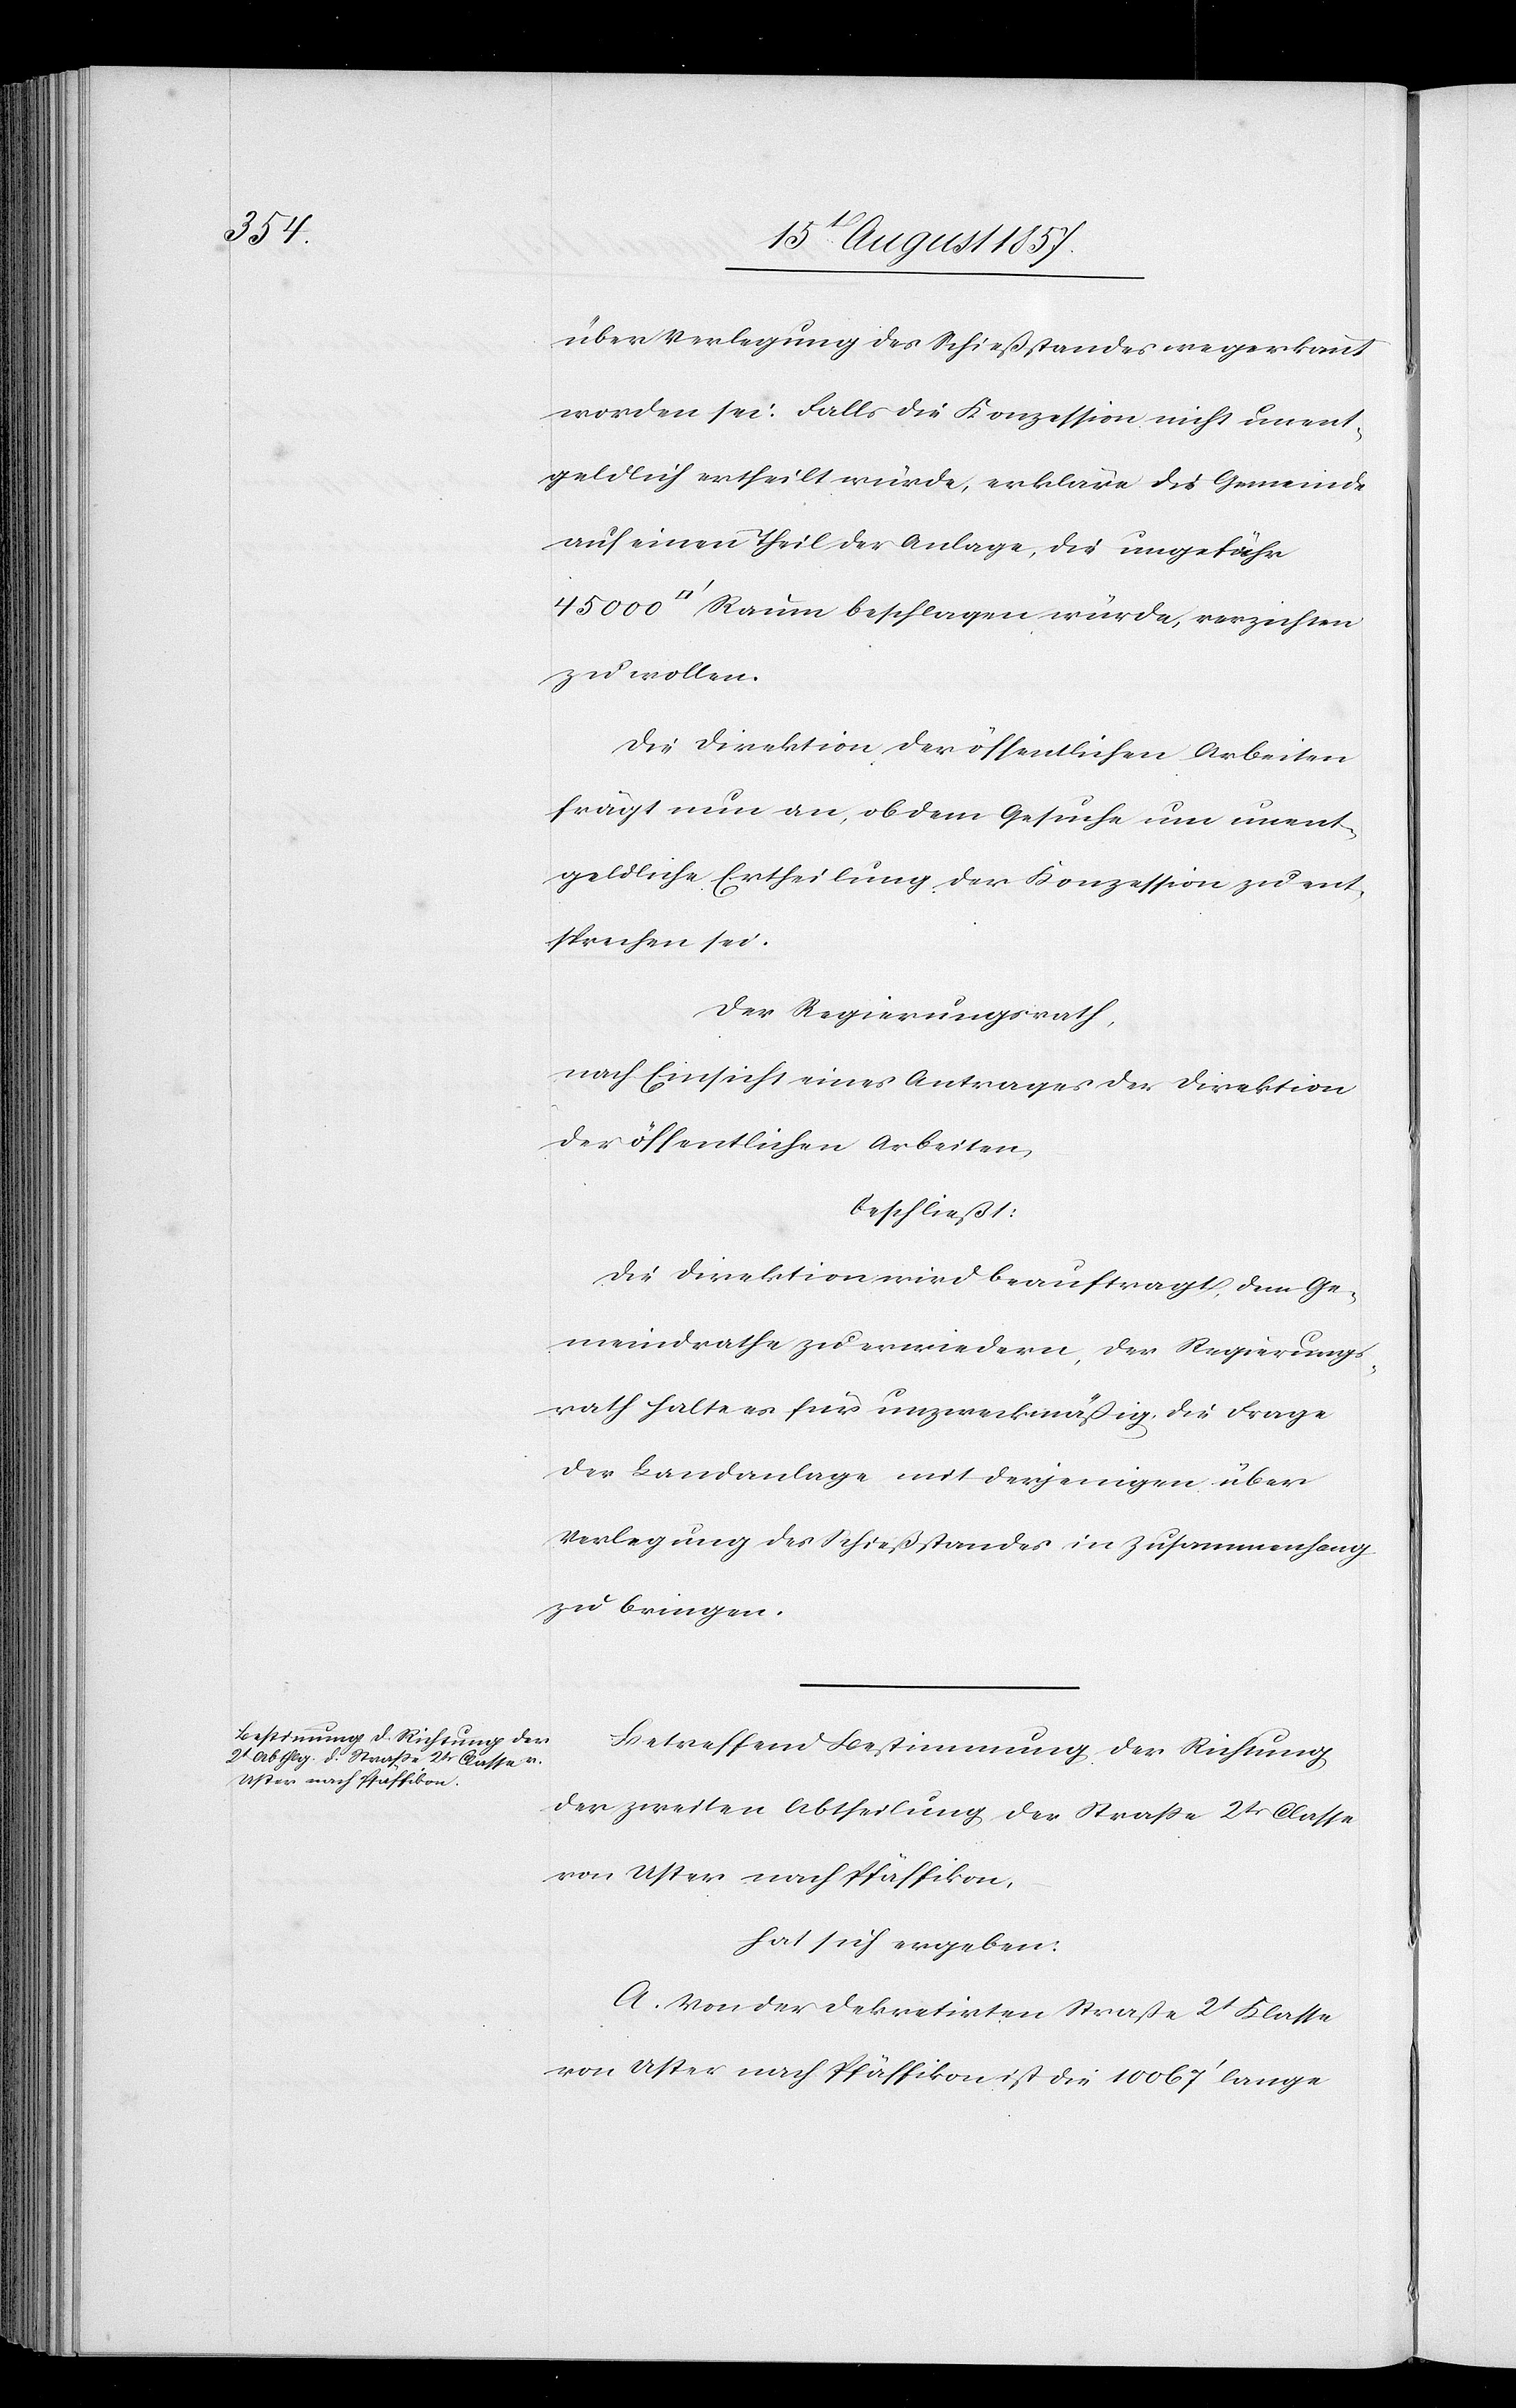
[Quadratf¬

über Verlegung des Schießstandes wegerkannt
worden sei. Falls die Konzession nicht unent¬
geldlich ertheilt würde, erkläre die Gemeinde
auf einen Theil der Anlage, die ungefähr
uß] Raum beschlagen würde, verzichten
zu wollen.
Die Direktion der öffentlichen Arbeiten
frägt nun an, ob dem Gesuche um unent¬
geldliche Ertheilung der Konzession zu ent¬
sprechen sei.
Der Regierungsrath,
nach Einsicht eines Antrages der Direktion
der öffentlichen Arbeiten,
beschließt:
Die Direktion wird beauftragt, dem Ge¬
meindrathe zu erwiedern, der Regierungs¬
rath halte es für unzweckmäßig, die Frage
der Landanlage, mit derjenigen über
Verlegung des Schießstandes in Zusammenhang
zu bringen.
Betreffend Bestimmung der Richtung
der zweiten Abtheilung der Straße 2tr Classe
von Uster nach Pfäffikon,
hat sich ergeben:
A. Von der dekretirten Straße 2t Klasse
von Uster nach Pfäffikon ist die 10067’ lange